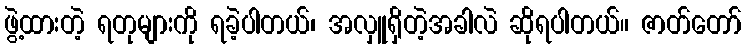
ဖွဲ့ထားတဲ့ ရတုများကို ရခဲ့ပါတယ်၊ အလှူရှိတဲ့အခါလဲ ဆိုရပါတယ်။ ဇာတ်တော်